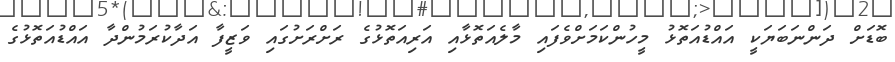
ބޮޑަށް ދަންނަބަޔަކީ އައްޑުއަތޮޅު މީހުންކަމަށްވެފައި މާލެއަތޮޅާއި އަރިއަތޮޅުގެ ރަށްރަށުގައި ވަޒީފާ އަދާކުރަމުންދާ އައްޑުއަތޮޅުގެ